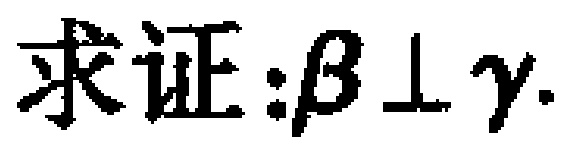
求证:\(\beta \perp \gamma\)